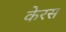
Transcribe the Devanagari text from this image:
केरस